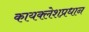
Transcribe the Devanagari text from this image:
कायक्लेशप्रधान